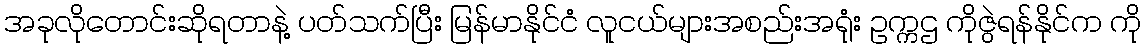
အခုလိုတောင်းဆိုရတာနဲ့ ပတ်သက်ပြီး မြန်မာနိုင်ငံ လူငယ်များအစည်းအရုံး ဥက္ကဌ ကိုဇွဲရန်နိုင်က ကို